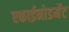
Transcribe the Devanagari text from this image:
एकाईनोडर्मेट